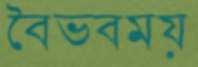
বৈভবময়